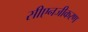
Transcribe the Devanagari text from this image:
सीएनजीकरण